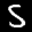
Label: 5